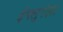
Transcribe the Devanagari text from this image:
इंफ्लुएंझा